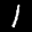
Label: 1